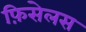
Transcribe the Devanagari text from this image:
फ़िसेलस